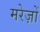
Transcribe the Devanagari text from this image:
मरेज़ों